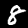
Digit: 8